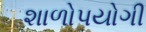
શાળોપયોગી